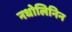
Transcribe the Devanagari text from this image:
नधोलिनिन